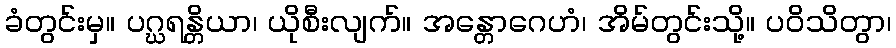
ခံတွင်းမှ။ ပဂ္ဃရန္တိယာ၊ ယိုစီးလျက်။ အန္တောဂေဟံ၊ အိမ်တွင်းသို့။ ပဝိသိတွာ၊